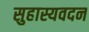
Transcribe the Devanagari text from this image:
सुहास्यवदन